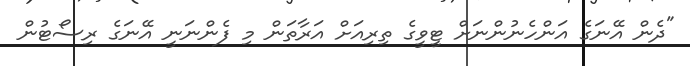
"ދެން އޭނަގެ އަންހެނުންނަށް ޓީވީގެ ތިރިއަށް އަރާތަން މި ފެންނަނީ އޭނަގެ ރިސޯޓުން